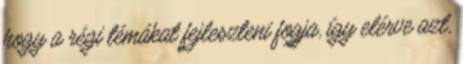
hogy a régi témákat fejleszteni fogja, így elérve azt,